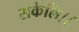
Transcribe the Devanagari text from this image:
सकेलि।।